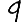
Digit: 9